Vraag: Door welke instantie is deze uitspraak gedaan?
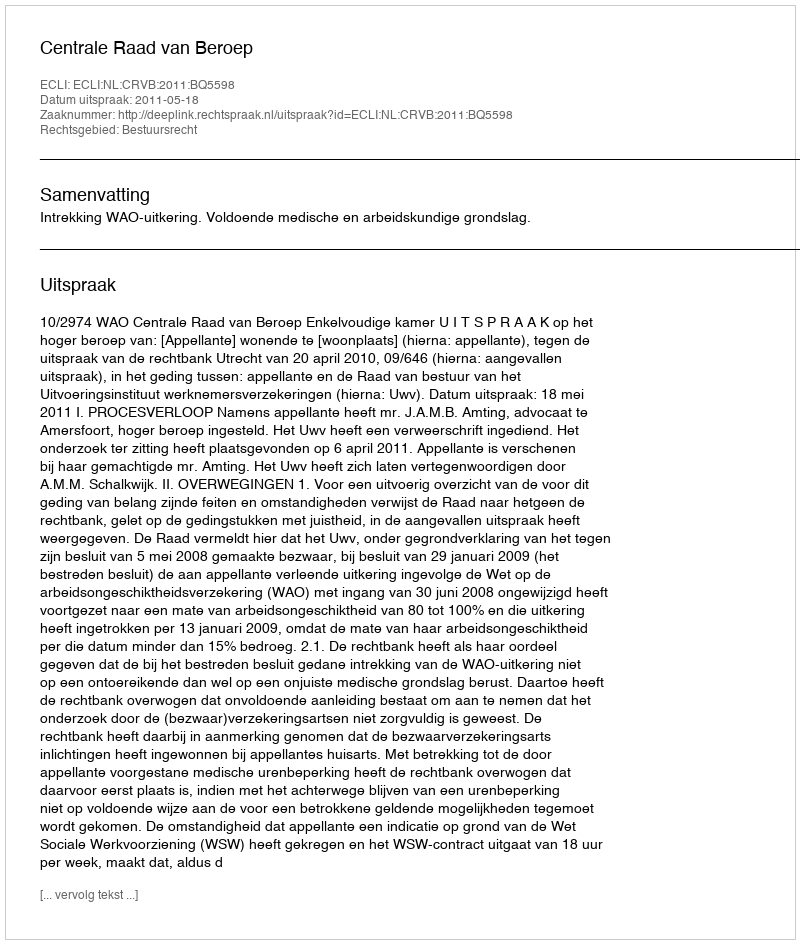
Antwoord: Centrale Raad van Beroep